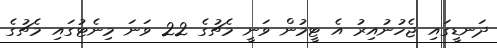
ދަނޑީގައި ޖެހުނުއިރު އެ ޓީމުން ވަނީ މެޗުގެ 22 ވަނަ މިނެޓުގައި މެޗުގެ